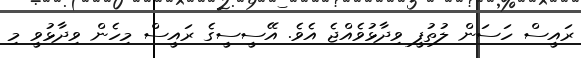
ރައީސް ހަސަން ލުތުފީ ވިދާޅުވެއްޖެ އެވެ. އޭސީސީގެ ރައީސް މިހެން ވިދާޅުވީ މި